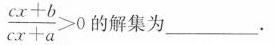
$$\frac { c x + b } { c x + a } > 0$$ 的解集为___.